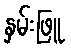
နှမ်းဖြူ